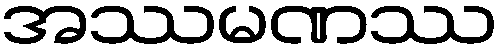
အဿမဏဿ